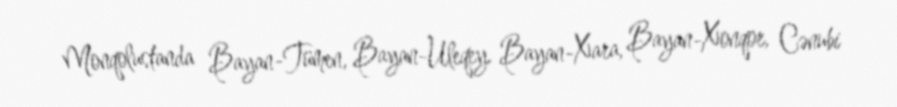
Monqolustanda Bayan-Tümen, Bayan-Uleqey, Bayan-Xara, Bayan-Xonqor, Cənubi